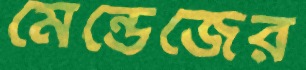
মেন্ডেজের